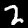
Digit: 2